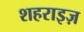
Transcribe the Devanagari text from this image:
शहराइज़